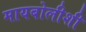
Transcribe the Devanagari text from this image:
मायबोलीशी